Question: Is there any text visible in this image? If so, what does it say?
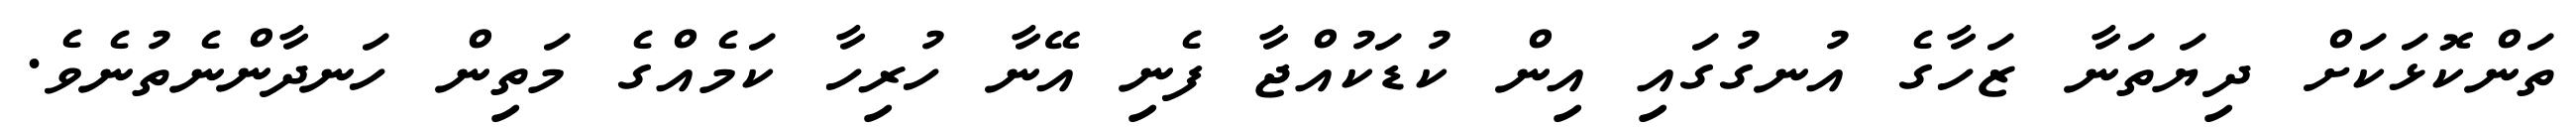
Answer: ތަންކޮޅަކަށް ދިޔަތަނާ ޒަހާގެ އުނގުގައި އިން ކުޑަކުއްޖާ ފެނި އޭނާ ހުރިހާ ކަމެއްގެ މަތިން ހަނދާންނެތުނެވެ.